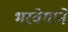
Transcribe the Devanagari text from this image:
भरवेगाने